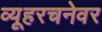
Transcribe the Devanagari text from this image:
व्यूहरचनेवर